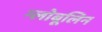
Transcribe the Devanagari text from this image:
ग्लोबूलिन